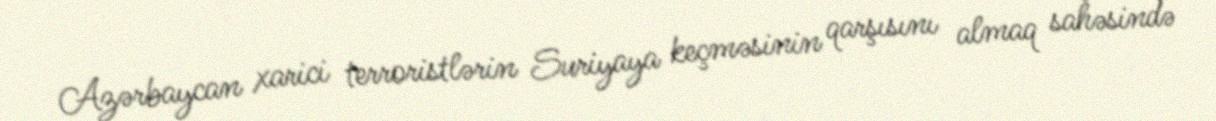
Azərbaycan xarici terroristlərin Suriyaya keçməsinin qarşısını almaq sahəsində